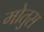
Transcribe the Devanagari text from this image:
मोतुस